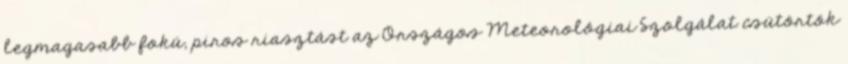
legmagasabb fokú, piros riasztást az Országos Meteorológiai Szolgálat csütörtök